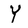
Character: Y